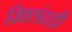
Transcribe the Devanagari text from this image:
खिलंदड़ी